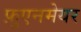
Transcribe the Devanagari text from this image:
फ़ुएनमेयर